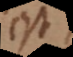
est